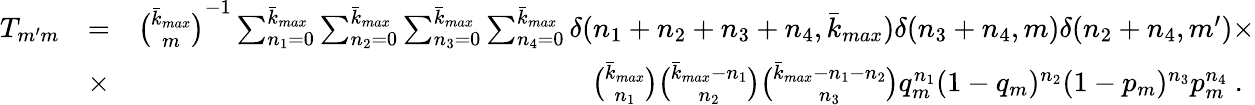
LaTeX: \begin{array}{rlr}{T_{m^{\prime}m}}&{=}&{\binom{\bar{k}_{max}}{m}^{-1}\sum_{n_{1}=0}^{\bar{k}_{max}}\sum_{n_{2}=0}^{\bar{k}_{max}}\sum_{n_{3}=0}^{\bar{k}_{max}}\sum_{n_{4}=0}^{\bar{k}_{max}}\delta(n_{1}+n_{2}+n_{3}+n_{4},{\bar{k}_{max}})\delta(n_{3}+n_{4},m)\delta(n_{2}+n_{4},m^{\prime})\times}\\ &{\times}&{\binom{{\bar{k}_{max}}}{n_{1}}\binom{{\bar{k}_{max}}-n_{1}}{n_{2}}\binom{{\bar{k}_{max}}-n_{1}-n_{2}}{n_{3}}q_{m}^{n_{1}}(1-q_{m})^{n_{2}}(1-p_{m})^{n_{3}}p_{m}^{n_{4}}\ .\ }\end{array}